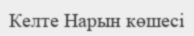
Келте Нарын көшесі